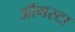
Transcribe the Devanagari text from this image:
ऑगस्‍टा